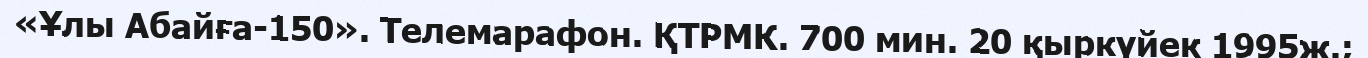
«Ұлы Абайға-150». Телемарафон. ҚТРМК. 700 мин. 20 қыркүйек 1995ж.;